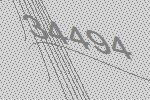
34494